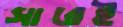
সারেই